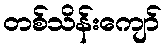
တစ်သိန်းကျော်